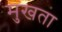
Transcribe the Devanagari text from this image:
मुखता